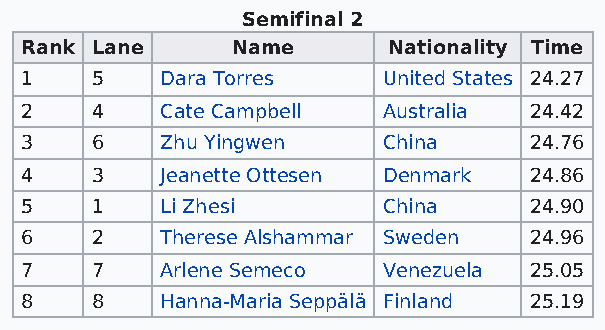
Semifinal 2
 Rank Lane     Name       Nationality Time
 1    5    Dara Torres   United States 24.27
 2    4    Cate Campbell Australia 24.42
 3    6    Zhu Yingwen   China     24.76
 4    3    Jeanette Ottesen Denmark 24.86
 5    1    Li Zhesi      China     24.90
 6    2    Therese Alshammar Sweden 24.96
 7    7    Arlene Semeco Venezuela 25.05
 8    8    Hanna-Maria Seppälä Finland 25.19